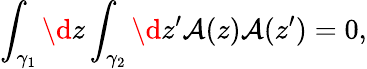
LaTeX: \int_{\gamma_{1}}\d z\int_{\gamma_{2}}\d z^{\prime}{\cal A}(z){\cal A}(z^{\prime})=0,